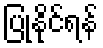
ပြုနိုင်ရန်